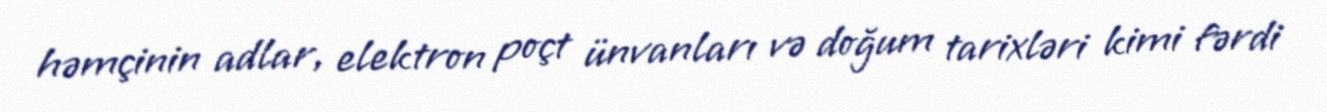
həmçinin adlar, elektron poçt ünvanları və doğum tarixləri kimi fərdi